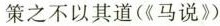
策之不以其道(《马说》